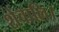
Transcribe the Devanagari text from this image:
शेवालि।